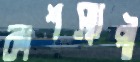
কাশস্যাপী